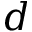
d